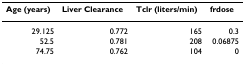
| Age (years) | Liver Clearance | Tclr (liters/min) | frdose |
 | --- | --- | --- | --- |
 | 29.125 | 0.772 | 165 | 0.3 |
 | 52.5 | 0.781 | 208 | 0.06875 |
 | 74.75 | 0.762 | 104 | 0 |